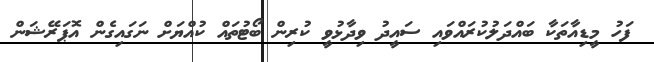
ފަހު މީޑިއާތަކާ ބައްދަލުކުރައްވައި ސައީދު ވިދާޅުވީ ކުރިން ބޯޓުތައް ކުއްޔަށް ނަގައިގެން އޮޕަރޭޝަން